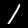
Digit: 1